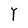
Character: Y